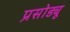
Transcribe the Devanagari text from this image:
प्रसोड्यू